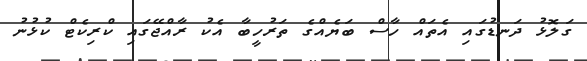
ގަލޮޅު ދަނޑުގައި އެތައް ހާސް ބަޔެއްގެ ތަރުހީބާ އެކު ރާއްޖޭގައި ކްރިކެޓް ކުޅުނު